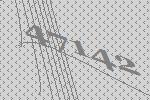
47142